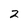
Character: 2